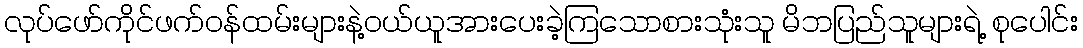
လုပ်ဖော်ကိုင်ဖက်ဝန်ထမ်းများနဲ့ဝယ်ယူအားပေးခဲ့ကြသောစားသုံးသူ မိဘပြည်သူများရဲ့ စုပေါင်း